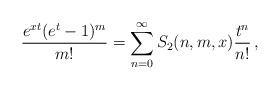
\begin{align*} \frac{e^{x t}(e^t-1)^m}{m!}=\sum_{n=0}^\infty S_2(n,m,x)\frac{t^n}{n!}\,, \end{align*}